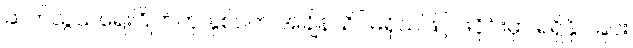
ဆက်သွယ်ရေးဂြိုဟ်တု နှစ်ပက် အချိန်သိပ်မရှိသဖြင့် ဖဲဝိုင်းမှာ ရရှိနိုင်ခြင်း